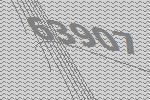
63907